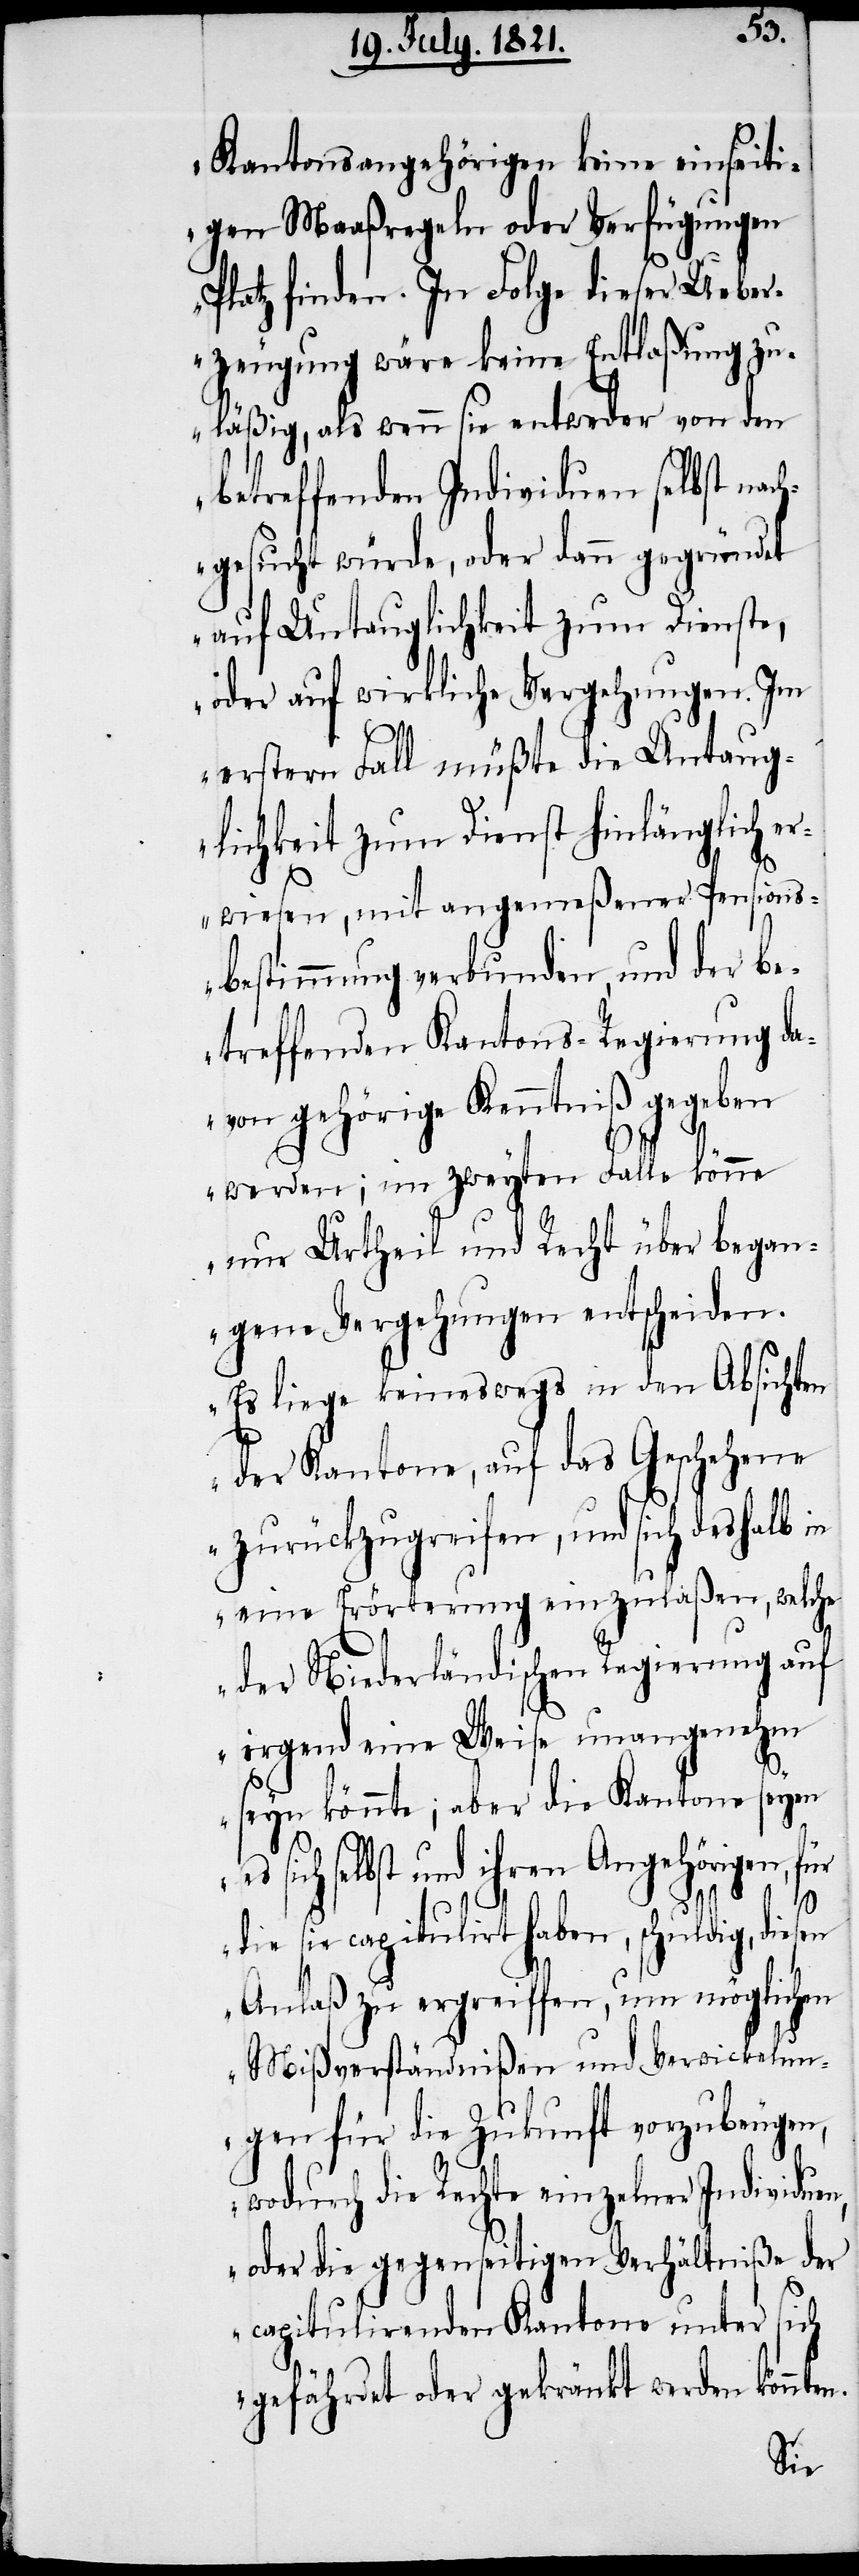
Kantonsangehörigen keine einseiti¬
gen Maaßregeln oder Verfügungen
Platz finden. In Folge dieser Ueber¬
zeugung wäre keine Entlaßung zu¬
läßig, als wenn sie entweder von den
betreffenden Individuen selbst nach¬
gesucht würde, oder dann gegründet
auf Untauglichkeit zum Dienste,
oder auf wirkliche Vergehungen. Im
erstern Fall müßte die Untaug¬
lichkeit zum Dienst hinlänglich er¬
n.
wiesen, mit angemeßener Pensions¬
bestimmung verbunden, und der be¬
treffenden Kantons-Regierung da¬
von gehörige Kenntniß gegeben
werden; im zweyten Falle könne
nur Urtheil und Recht über began¬
gene Vergehungen entscheiden.
Es liege keineswegs in den Absichten
der Kantone, auf das Geschehene
zurückzugreifen, und sich deshalb in
eine Erörterung einzulaßen, welche
der Niederländischen Regierung auf
irgend eine Weise unangenehm
seyn könnte; aber die Kantone seyen
selbst und ihren Angehörigen,
für
die sie capitulirt haben, schuldig, diesen
Anlaß zu ergreiffen, um möglichen
Mißverständnißen und Verwickelun¬
gen für die Zukunft vorzubeugen,
wodurch die Rechte einzelner Individuen,
oder die gegenseitigen Verhältniße der
capitulirten Kantone unter sich
gefährdet oder gekränkt werden könnte¬